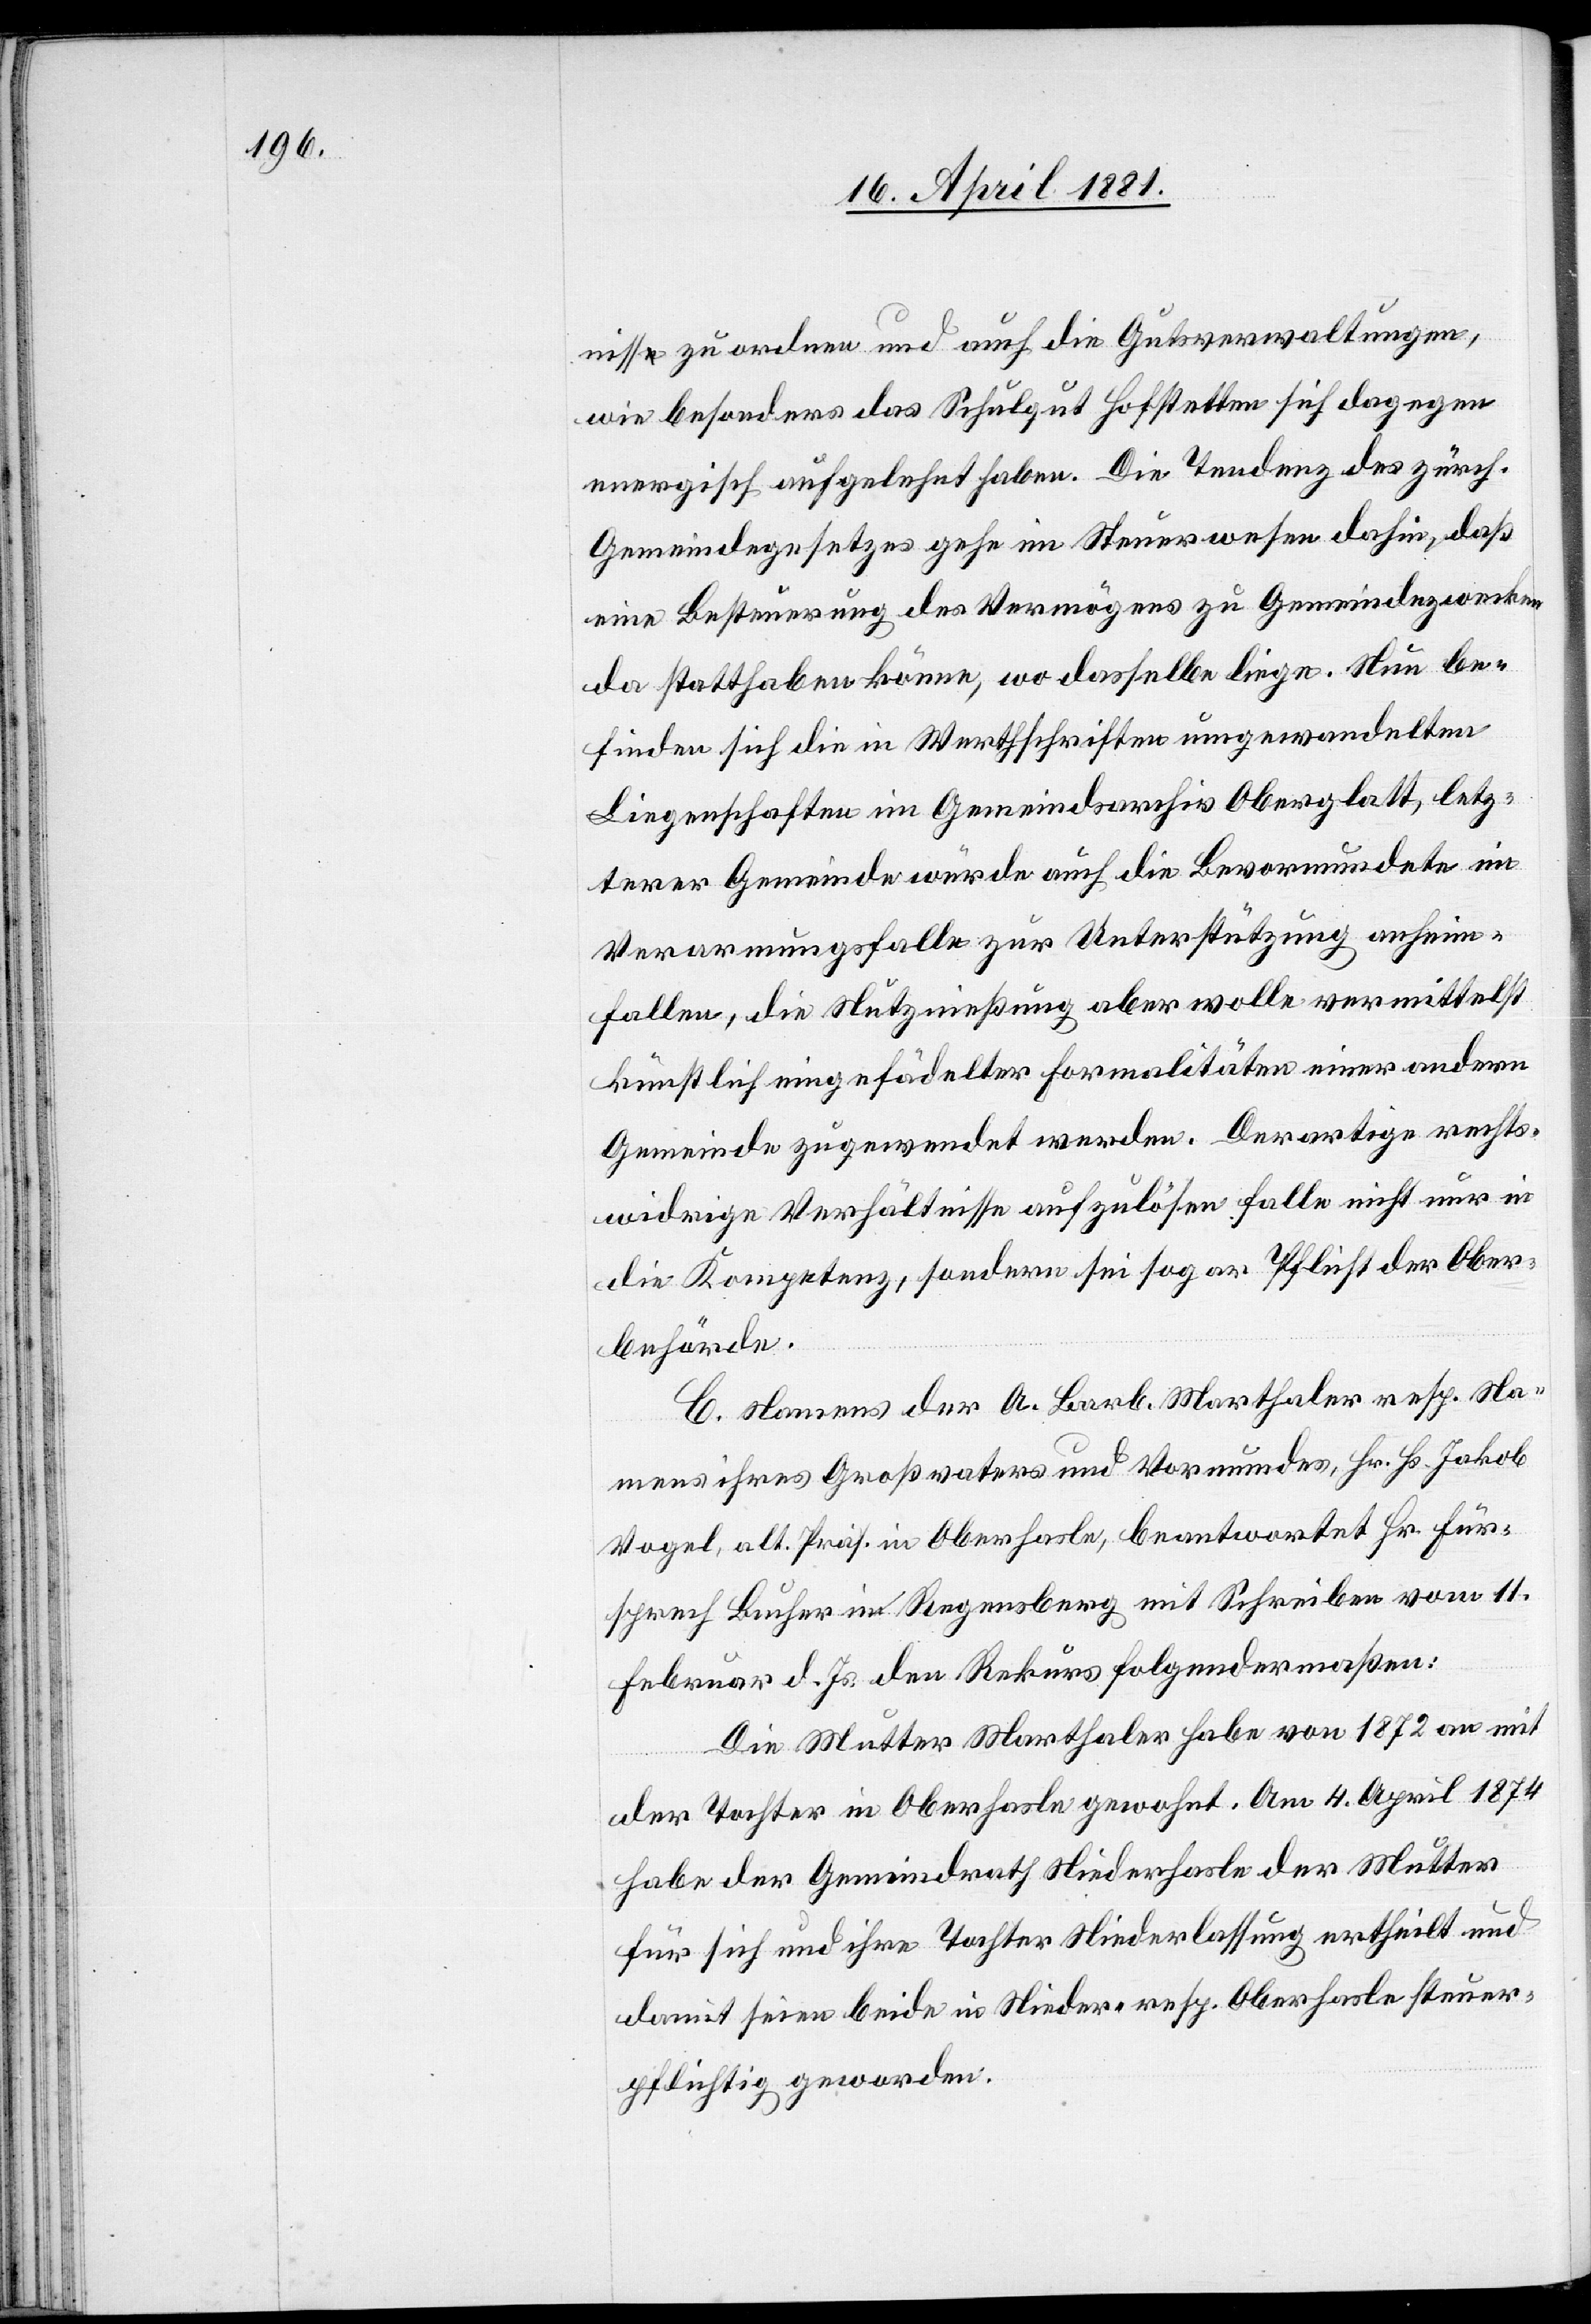
nisse zu ordern und auch die Gutsverwaltungen,
wie besonders das Schulgut Hofstetten sich dagegen
energisch aufgelehnt haben. Die Tendenz des zürch.
Gemeindegesetzes gehe im Steuerwesen dahin, daß
eine Besteuerung des Vermögens zu Gemeindezwecken
da statthaben könne, wo dasselbe liege. Nun be¬
finden sich die in Werthschriften umgewandelten
Liegenschaften im Gemeindsarchiv Oberglatt, letz¬
terer Gemeinde würde auch die Bevormundete im
Verarmungsfalle zur Unterstützung anhin
fallen, die Nutznießung aber wolle vermittelst
künstlich eingefädelter Formalitäten einer andern
Gemeinde zugewendet werden. Derartige rechts¬
widrige Verhältnisse aufzulösen falle nicht nur in
die Kompetenz, sondern sei sogar Pflicht der Ober¬
behörde.
C. Namens der A. Barb. Marthaler resp. Na¬
mens ihres Großvaters und Vormundes, Hr. Hs. Jakob
Vogel, als Präs. in Oberhasle, beantwortet Hr. Für¬
sprech Bucher in Regensberg mit Schreiben vom 11.
Februar d. Js. den Rekurs folgendermaßen:
Die Mutter Marthaler habe von 1872 an mit
der Tochter in Oberhasle gewohnt. Am 4. April 1874
habe der Gemeindrath Niederhasle der Mutter
für sich und ihre Tochter Niederlassung ertheilt und
damit seien beide in Nieder- resp. Oberhasle steuer¬
pflichtig geworden.